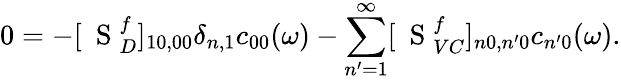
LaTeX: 0=-[\mathrm{~\mathbf~S~}_{D}^{f}]_{10,00}\delta_{n,1}c_{00}(\omega)-\sum_{n^{\prime}=1}^{\infty}[\mathrm{~\mathbf~S~}_{VC}^{f}]_{n0,n^{\prime}0}c_{n^{\prime}0}(\omega).